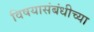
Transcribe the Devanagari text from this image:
विषयासंबंधीच्या